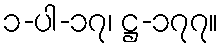
၁-ပါ-၁၇၊ ဋ္ဌ-၁၇၇။